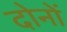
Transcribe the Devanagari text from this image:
दोनों